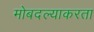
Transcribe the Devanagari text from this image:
मोबदल्याकरता